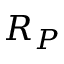
R _ { P }